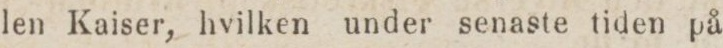
len Kaiser, hvilken under senaste tiden på